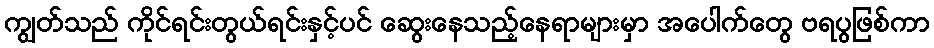
ကျွတ်သည် ကိုင်ရင်းတွယ်ရင်းနှင့်ပင် ဆွေးနေသည့်နေရာများမှာ အပေါက်တွေ ဗရပွဖြစ်ကာ